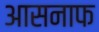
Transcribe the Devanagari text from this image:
आसनाफ